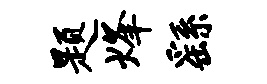
题烽繇